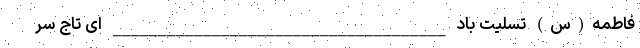
فاطمه(س) تسلیت باد _____________________________________ ای تاج سر